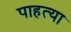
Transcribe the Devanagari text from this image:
पाहत्या